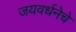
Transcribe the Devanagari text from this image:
जयवर्धनेचे